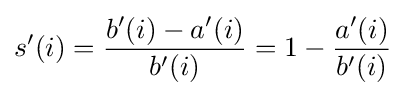
s'(i)={\frac {b'(i)-a'(i)}{b'(i)}}=1-{\frac {a'(i)}{b'(i)}}